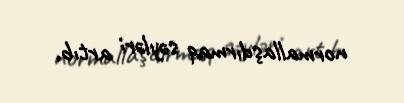
normallaşdırmaq səyləri artıb.